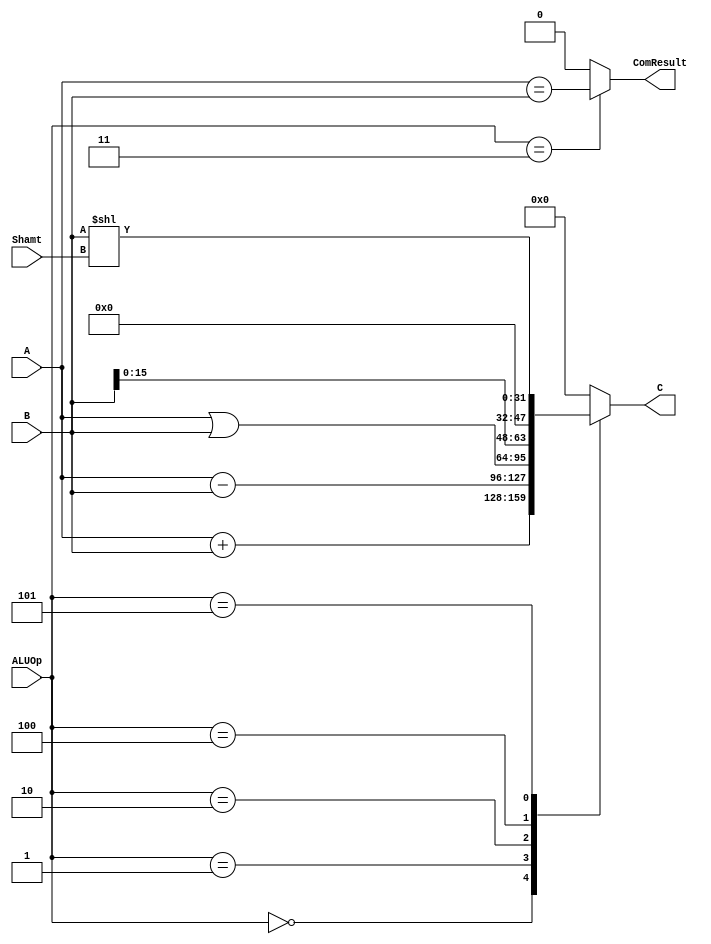
`timescale 1ns / 1ps
`define ALU_ADD 3'b000
`define ALU_SUB 3'b001
`define ALU_OR   3'b010
`define ALU_BEQ  3'b011
`define ALU_LUI  3'b100
`define ALU_SLL  3'b101
//////////////////////////////////////////////////////////////////////////////////
// Company: 
// Engineer: 
// 
// Design Name: 
// Module Name:    alu 
// Project Name: 
// Target Devices: 
// Tool versions: 
// Description: 
//
// Dependencies: 
//
// Revision: 
// Revision 0.01 - File Created
// Additional Comments: 
//
//////////////////////////////////////////////////////////////////////////////////
module alu(
    input [31:0] A,
    input [31:0] B,
    input [2:0] ALUOp,
	 input [4:0] Shamt,
    output reg [31:0] C,
    output reg ComResult
    );
	 
	 always @(*) begin
		 case(ALUOp)
			`ALU_ADD: C = A + B;
			`ALU_SUB: C = A - B;
			`ALU_OR: C = A | B;
			`ALU_LUI: C = B << 32'd16;
			`ALU_SLL: C = B << Shamt;
			default: C = 32'b0;
		 endcase
		 
		 case(ALUOp)
			`ALU_BEQ: ComResult = (A==B);
			default: ComResult = 1'b0;
		 endcase
	 end

endmodule